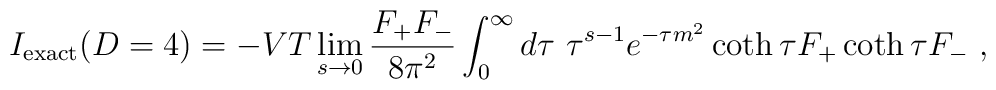
I_{\rm exact}(D=4) =  	- VT \lim_{s \rightarrow 0} { F_{+}F_{-} \over 8 \pi^{2} }	\int_{0}^{\infty} d 	\tau  \  \tau^{s -1} 	e^{-\tau m^{2}} \coth \tau F_{+}\coth \tau F_{-} \ ,